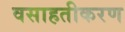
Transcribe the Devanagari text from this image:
वसाहतीकरण